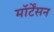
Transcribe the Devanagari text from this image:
मॉर्टेंसन